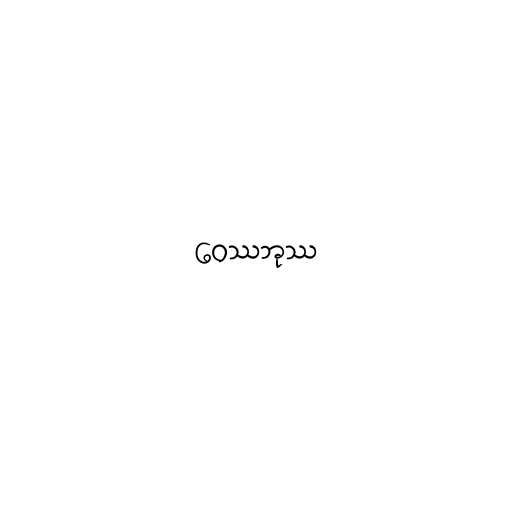
ဝေဿဘုဿ